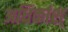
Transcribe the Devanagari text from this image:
अधिकांश्